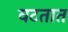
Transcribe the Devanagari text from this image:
वटतात